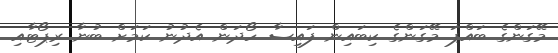
މޭގަންގެ ބައްޕަ މޭގަންގެ ކިބައިން ފައިސާ ހޯދަން އެދުނު ކަމަށް ބުނާ ރިޕޯޓާއި